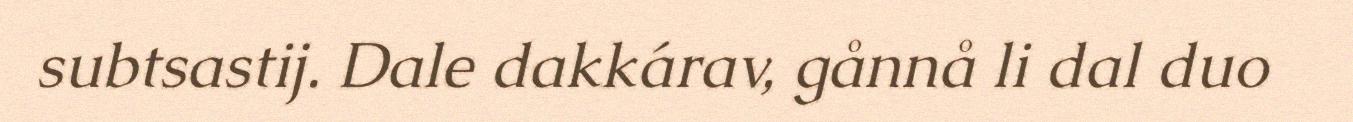
subtsastij. Dale dakkárav, gånnå li dal duo